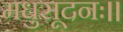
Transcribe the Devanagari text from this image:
मधुसूदनः।।